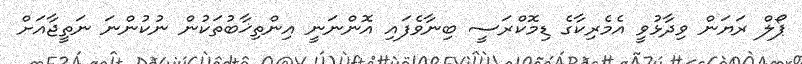
ޕޯލް ރަޔަން ވިދާޅުވީ އެމެރިކާގެ ޑިމޮކްރަސީ ބިނާވެފައި އޮންނަނީ އިންތިޚާބުތަކުން ނުކުންނަ ނަތީޖާއަށް